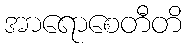
အာရောစေတီတိ